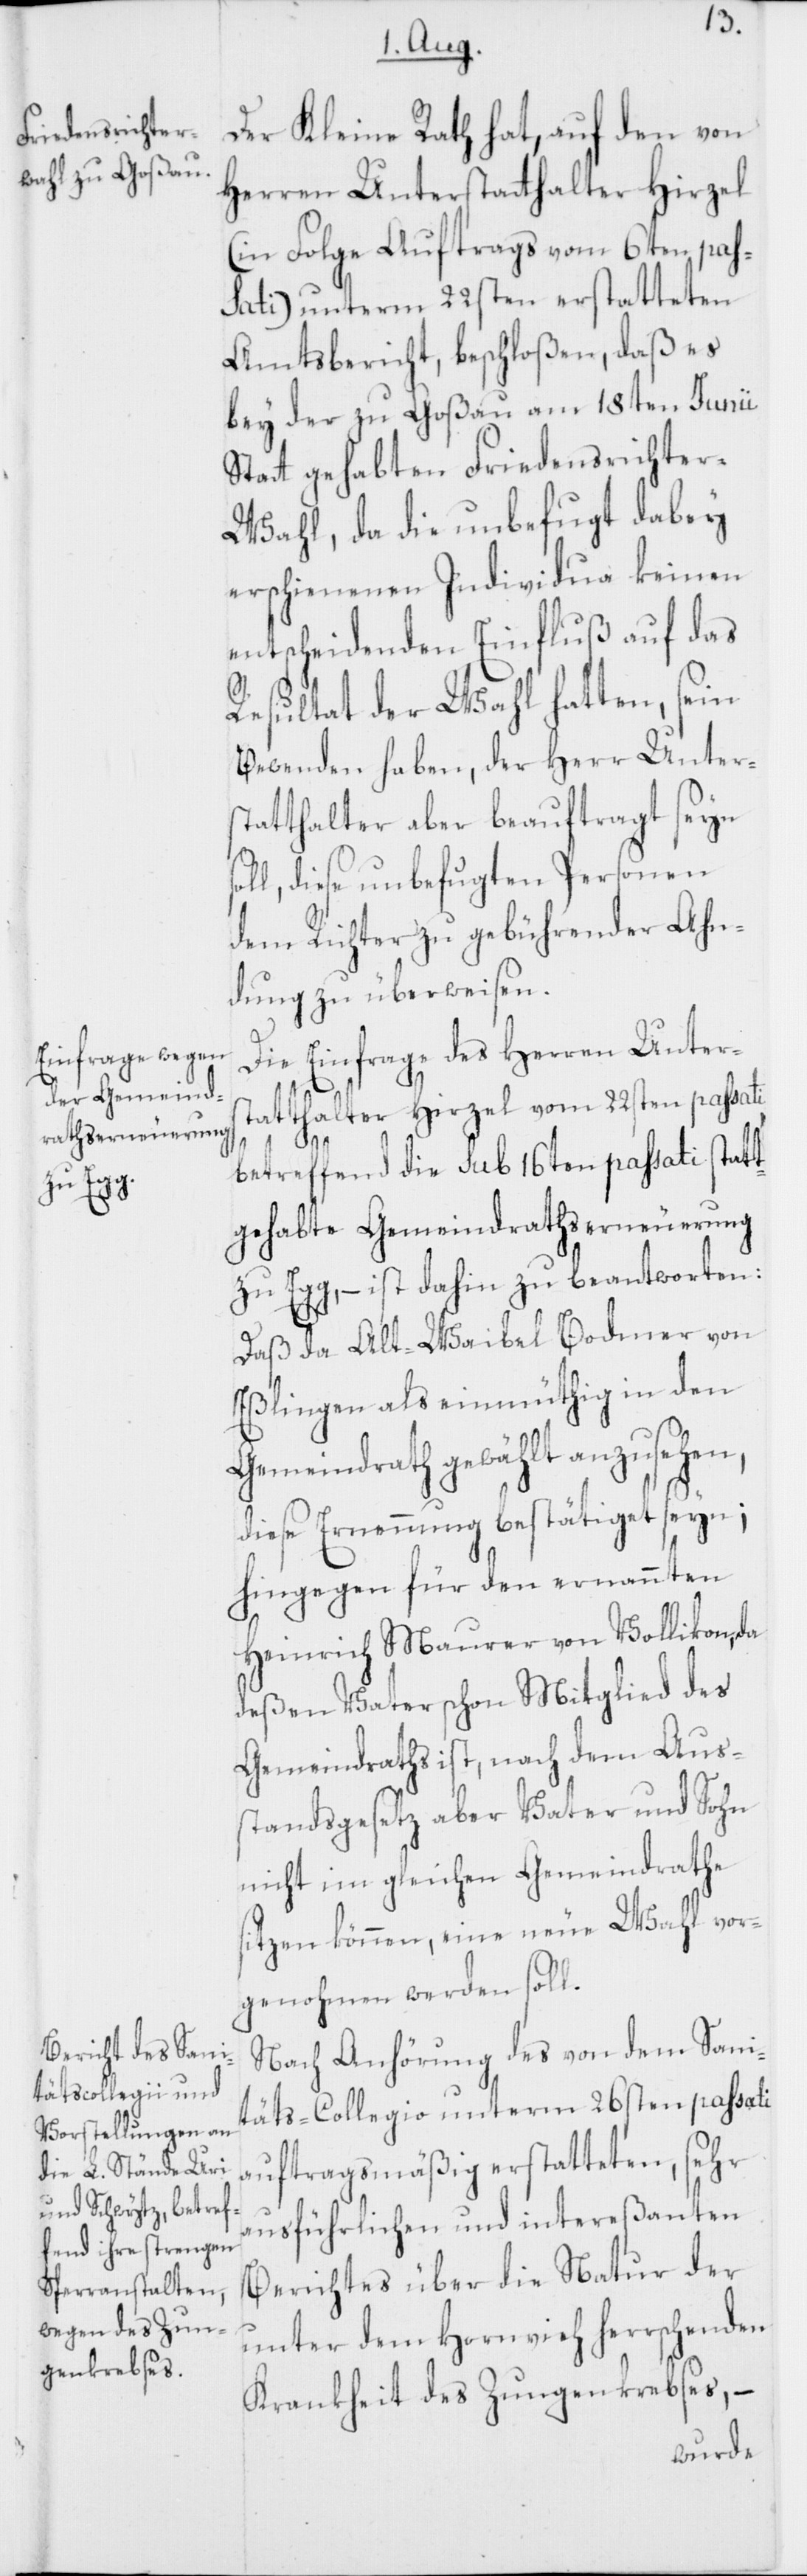
Der Kleine Rath hat, auf den von
Herren Unterstatthalter Hirzel
(in Folge Auftrags vom 6ten pass¬
ati) unterm 22sten erstatteten
Amtsbericht, beschloßen, daß es
bey der zu Goßau am 18ten Junii
Statt gehabten Friedensrichte¬
r-Wahl, da die unbefugt dabey
erschienenen Individua keinen
entscheidenden Einfluß auf das
Resultat der Wahl hatten, sein
Bewenden haben, der Herr Unter¬
statthalter aber beauftragt seyn
ll, diese unbefugten Personen
dem Richter zu gebührender Ahn¬
dung zu überweisen.
Die Einfrage des Herren Unter¬
statthalter Hirzel vom 22sten passati,
so¬
betreffend die sub 16ten passati stat¬
tgehabte Gemeindrathserneuerung
zu Egg, – ist dahin zu beantworten:
Daß da Alt-Waibel Bodmer von
Eßlingen als einmüthig in den
Gemeindrath gewählt anzusehen,
diese Ernennung bestätiget seyn;
hingegen für den ernannten
Heinrich Maurer von Vollikon, da
deßen Vater schon Mitglied des
Gemeindraths ist, nach dem Aus¬
standsgesetz aber Vater und Sohn
nicht im gleichen Gemeindrathe
sitzen können, eine neue Wahl vor¬
genohmen werden soll.
Nach Anhörung des von dem Sani¬
täts-Collegio unterm 26sten passati
auftragsmäßig erstatteten, sehr
ausführlichen und intereßanten
Berichtes über die Natur der
unter dem Hornvieh herrschenden
Krankheit des Zungenkrebses, –